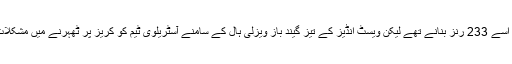
جیت کے لیے اسے 233 رنز بنانے تھے لیکن ویسٹ انڈیز کے تیز گیند باز ویزلی ہال کے سامنے آسٹریلوی ٹیم کو کریز پر ٹھہرنے میں مشکلات کا سامنا تھا۔